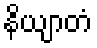
နိယျာတံ